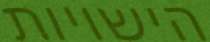
הישויות